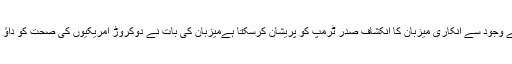
جراثیم کے وجود سے انکاری میزبان کا انکشاف صدر ٹرمپ کو پریشان کرسکتا ہےمیزبان کی بات نے دوکروڑ امریکیوں کی صحت کو داﺅ پر لگا دیا۔